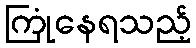
ကြုံနေရသည့်